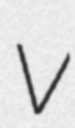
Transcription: V